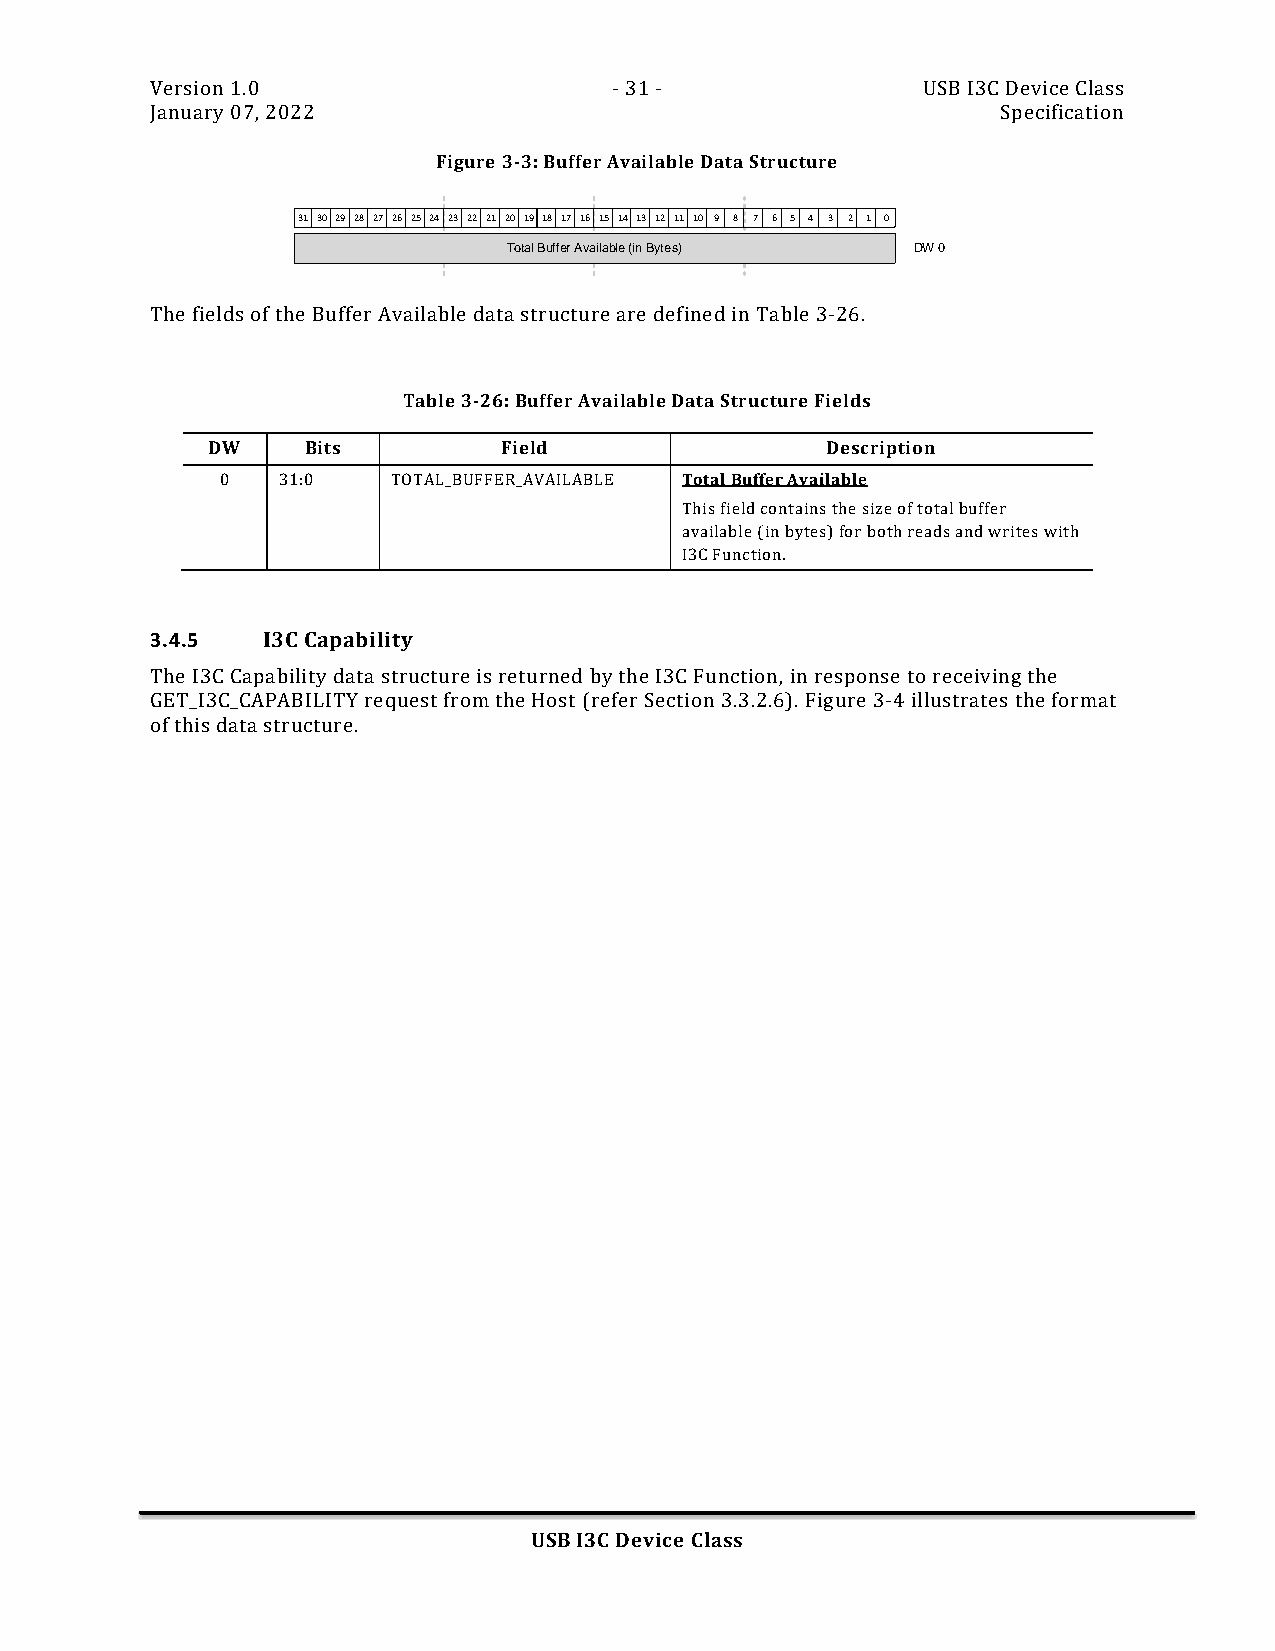
Version 1.0                    - 31 -              USB I3C Device Class
 January 07, 2022                                        Specification
 Figure 3-3: Buffer Available Data Structure
 31 30 29 28 27 26 25 24 23 22 21 20 19 18 17 16 15 14 13 12 11 10 9 8 7 6 5 4 3 2 1 0
 Total Buffer Available (in Bytes) DW 0
 The fields of the Buffer Available data structure are defined in Table 3-26.
 Table 3-26: Buffer Available Data Structure Fields
 DW    Bits         Field                 Description
 0  31:0    TOTAL_BUFFER_AVAILABLE Total Buffer Available
 This field contains the size of total buffer
 available (in bytes) for both reads and writes with
 I3C Function.
 3.4.5  I3C Capability
 The I3C Capability data structure is returned by the I3C Function, in response to receiving the
 GET_I3C_CAPABILITY request from the Host (refer Section 3.3.2.6). Figure 3-4 illustrates the format
 of this data structure.
 USB I3C Device Class